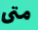
متى